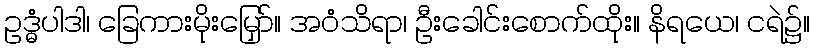
ဥဒ္ဓံပါဒါ၊ ခြေကားမိုးမြှော်။ အဝံသိရာ၊ ဦးခေါင်းစောက်ထိုး။ နိရယေ၊ ငရဲ၌။